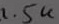
Text: 1.5K